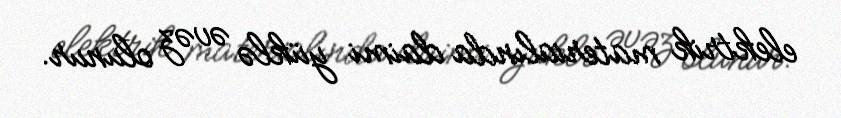
elektrik materialında daimi yüklə əvəz olunur.